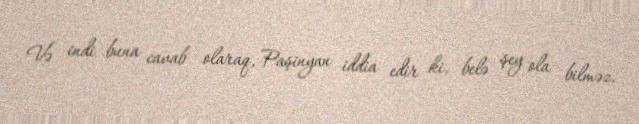
Və indi buna cavab olaraq, Paşinyan iddia edir ki, belə şey ola bilməz,